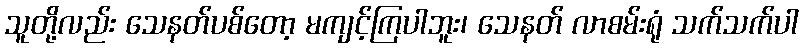
သူတို့လည်း သေနတ်ပစ်တော့ မကျင့်ကြပါဘူး၊ သေနတ် လာစမ်းရုံ သက်သက်ပါ